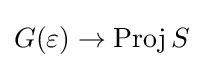
G(\varepsilon )\to \operatorname {Proj} S